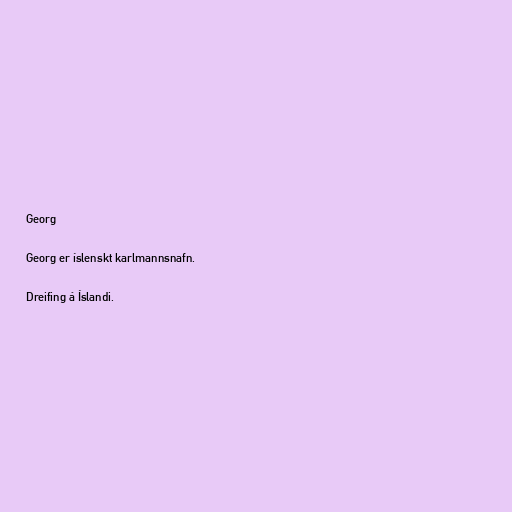
Georg

Georg er íslenskt karlmannsnafn.

Dreifing á Íslandi.